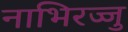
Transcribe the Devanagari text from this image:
नाभिरज्जु